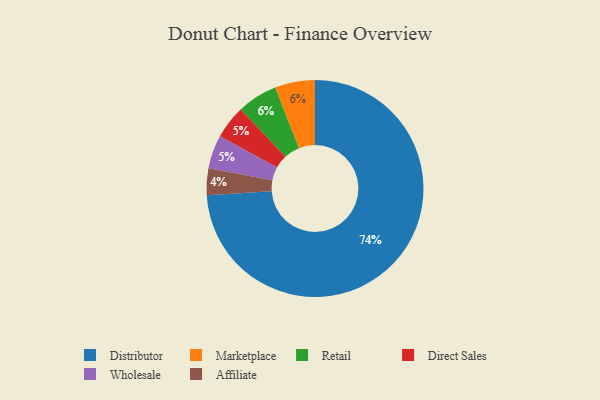
{"axis": {"x": "Category", "y": "Percentage"}, "legend": ["Affiliate", "Direct Sales", "Distributor", "Marketplace", "Retail", "Wholesale"], "data": [{"x": "Distributor", "y": 74, "type": "Distributor"}, {"x": "Marketplace", "y": 6, "type": "Marketplace"}, {"x": "Direct Sales", "y": 5, "type": "Direct Sales"}, {"x": "Affiliate", "y": 4, "type": "Affiliate"}, {"x": "Retail", "y": 6, "type": "Retail"}, {"x": "Wholesale", "y": 5, "type": "Wholesale"}]}